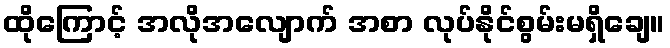
ထိုကြောင့် အလိုအလျောက် အစာ လုပ်နိုင်စွမ်းမရှိချေ။